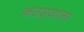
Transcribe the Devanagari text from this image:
कठड्याला